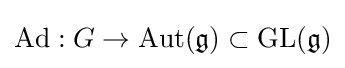
\mathrm {Ad} :G\to \mathrm {Aut} ({\mathfrak {g}})\subset \mathrm {GL} ({\mathfrak {g}})